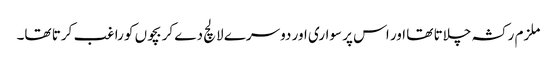
ملزم رکشہ چلاتا تھا اور اس پر سواری اور دوسرے لالچ دے کر بچوں کو راغب کرتا تھا۔